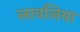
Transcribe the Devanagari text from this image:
लावलिया